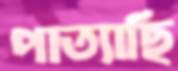
পাত্যাছি